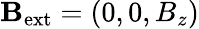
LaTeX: \mathbf{B}_{\mathrm{ext}}=(0,0,B_{z})